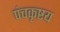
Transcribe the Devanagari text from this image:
पंचकृष्टय